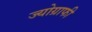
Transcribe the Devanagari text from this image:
ज्योग्राफी